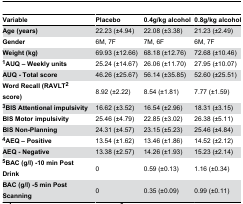
<table><thead><tr><td><b>Variable</b></td><td><b>Placebo</b></td><td><b>0.4g/kg alcohol</b></td><td><b>0.8g/kg alcohol</b></td></tr></thead><tbody><tr><td><b>Age (years)</b></td><td>22.23 (±4.94)</td><td>22.08 (±3.38)</td><td>21.23 (±2.49)</td></tr><tr><td><b>Gender</b></td><td>6M, 7F</td><td>7M, 6F</td><td>6M, 7F</td></tr><tr><td><b>Weight (kg)</b></td><td>69.93 (±12.66)</td><td>68.18 (±12.76)</td><td>72.68 (±10.46)</td></tr><tr><td><b><sup>1</sup>AUQ – Weekly units</b></td><td>25.24 (±14.67)</td><td>26.06 (±11.70)</td><td>27.95 (±10.07)</td></tr><tr><td><b>AUQ - Total score</b></td><td>46.26 (±25.67)</td><td>56.14 (±35.85)</td><td>52.60 (±25.51)</td></tr><tr><td><b>Word Recall (RAVLT<sup>2</sup> score)</b></td><td>8.92 (±2.22)</td><td>8.54 (±1.81)</td><td>7.77 (±1.59)</td></tr><tr><td><b><sup>3</sup>BIS Attentional impulsivity</b></td><td>16.62 (±3.52)</td><td>16.54 (±2.96)</td><td>18.31 (±3.15)</td></tr><tr><td><b>BIS Motor impulsivity</b></td><td>25.46 (±4.79)</td><td>22.85 (±3.02)</td><td>26.38 (±5.11)</td></tr><tr><td><b>BIS Non-Planning</b></td><td>24.31 (±4.57)</td><td>23.15 (±5.23)</td><td>25.46 (±4.84)</td></tr><tr><td><b><sup>4</sup>AEQ – Positive</b></td><td>13.54 (±1.62)</td><td>13.46 (±1.86)</td><td>14.52 (±2.12)</td></tr><tr><td><b>AEQ - Negative</b></td><td>13.38 (±2.57)</td><td>14.26 (±1.93)</td><td>15.23 (±2.14)</td></tr><tr><td><b><sup>5</sup>BAC (g/l) -10 min Post Drink</b></td><td>0</td><td>0.59 (±0.13)</td><td>1.16 (±0.34)</td></tr><tr><td><b>BAC (g/l) -5 min Post Scanning</b></td><td>0</td><td>0.35 (±0.09)</td><td>0.99 (±0.11)</td></tr></tbody></table>